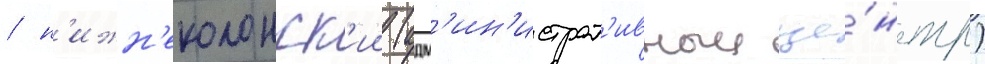
/ н'ижн'еколонск'ии (адм'ин'истрат'ивныи це́нтр)